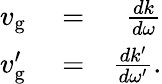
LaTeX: \begin{array}{rlr}{v_{\mathrm{g}}}&{{}=}&{\frac{dk}{d\omega}}\\ {v_{\mathrm{g}}^{\prime}}&{{}=}&{\frac{dk^{\prime}}{d\omega^{\prime}}.}\end{array}